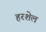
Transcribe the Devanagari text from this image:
हरशेल